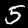
Digit: 5